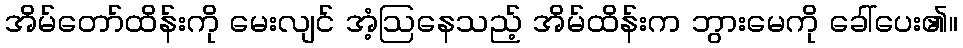
အိမ်တော်ထိန်းကို မေးလျင် အံ့ဩနေသည့် အိမ်ထိန်းက ဘွားမေကို ခေါ်ပေး၏။